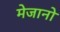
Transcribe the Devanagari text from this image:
मेजानो